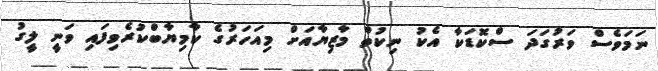
ނަމަވެސް ވަރުގަދަ ސްކޮޑަކާ އެކު ނިކުތް މާޒިޔާއަށް މިއަހަރުގެ ކާމިޔާބްކުރެވިފައި ވަނީ ލީގު